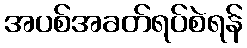
အပစ်အခတ်ရပ်စဲရန်